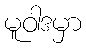
မူဝါဒမှာ